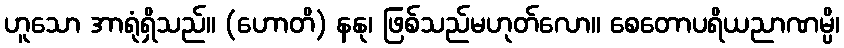
ဟူသော အာရုံရှိသည်။ (ဟောတိ) နနု၊ ဖြစ်သည်မဟုတ်လော။ စေတောပရိယညာဏမ္ပိ၊